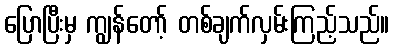
ပြောပြီးမှ ကျွန်တော့် တစ်ချက်လှမ်းကြည့်သည်။